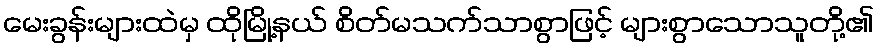
မေးခွန်းများထဲမှ ထိုမြို့နယ် စိတ်မသက်သာစွာဖြင့် များစွာသောသူတို့၏